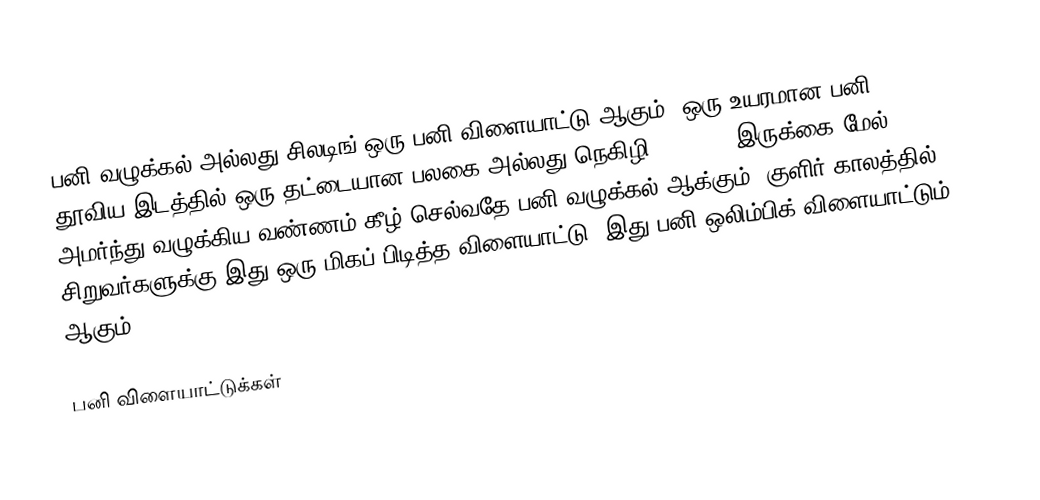
பனி வழுக்கல் அல்லது சிலடிங் ஒரு பனி விளையாட்டு ஆகும்.  ஒரு உயரமான பனி தூவிய இடத்தில் ஒரு தட்டையான பலகை அல்லது நெகிழி (Plastic)இருக்கை மேல் அமர்ந்து வழுக்கிய வண்ணம் கீழ் செல்வதே பனி வழுக்கல் ஆக்கும்.  குளிர் காலத்தில் சிறுவர்களுக்கு இது ஒரு மிகப் பிடித்த விளையாட்டு.  இது பனி ஒலிம்பிக் விளையாட்டும் ஆகும்.

பனி விளையாட்டுக்கள்